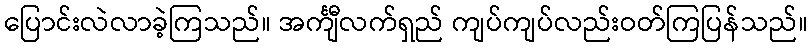
ပြောင်းလဲလာခဲ့ကြသည်။ အင်္ကျီလက်ရှည် ကျပ်ကျပ်လည်းဝတ်ကြပြန်သည်။